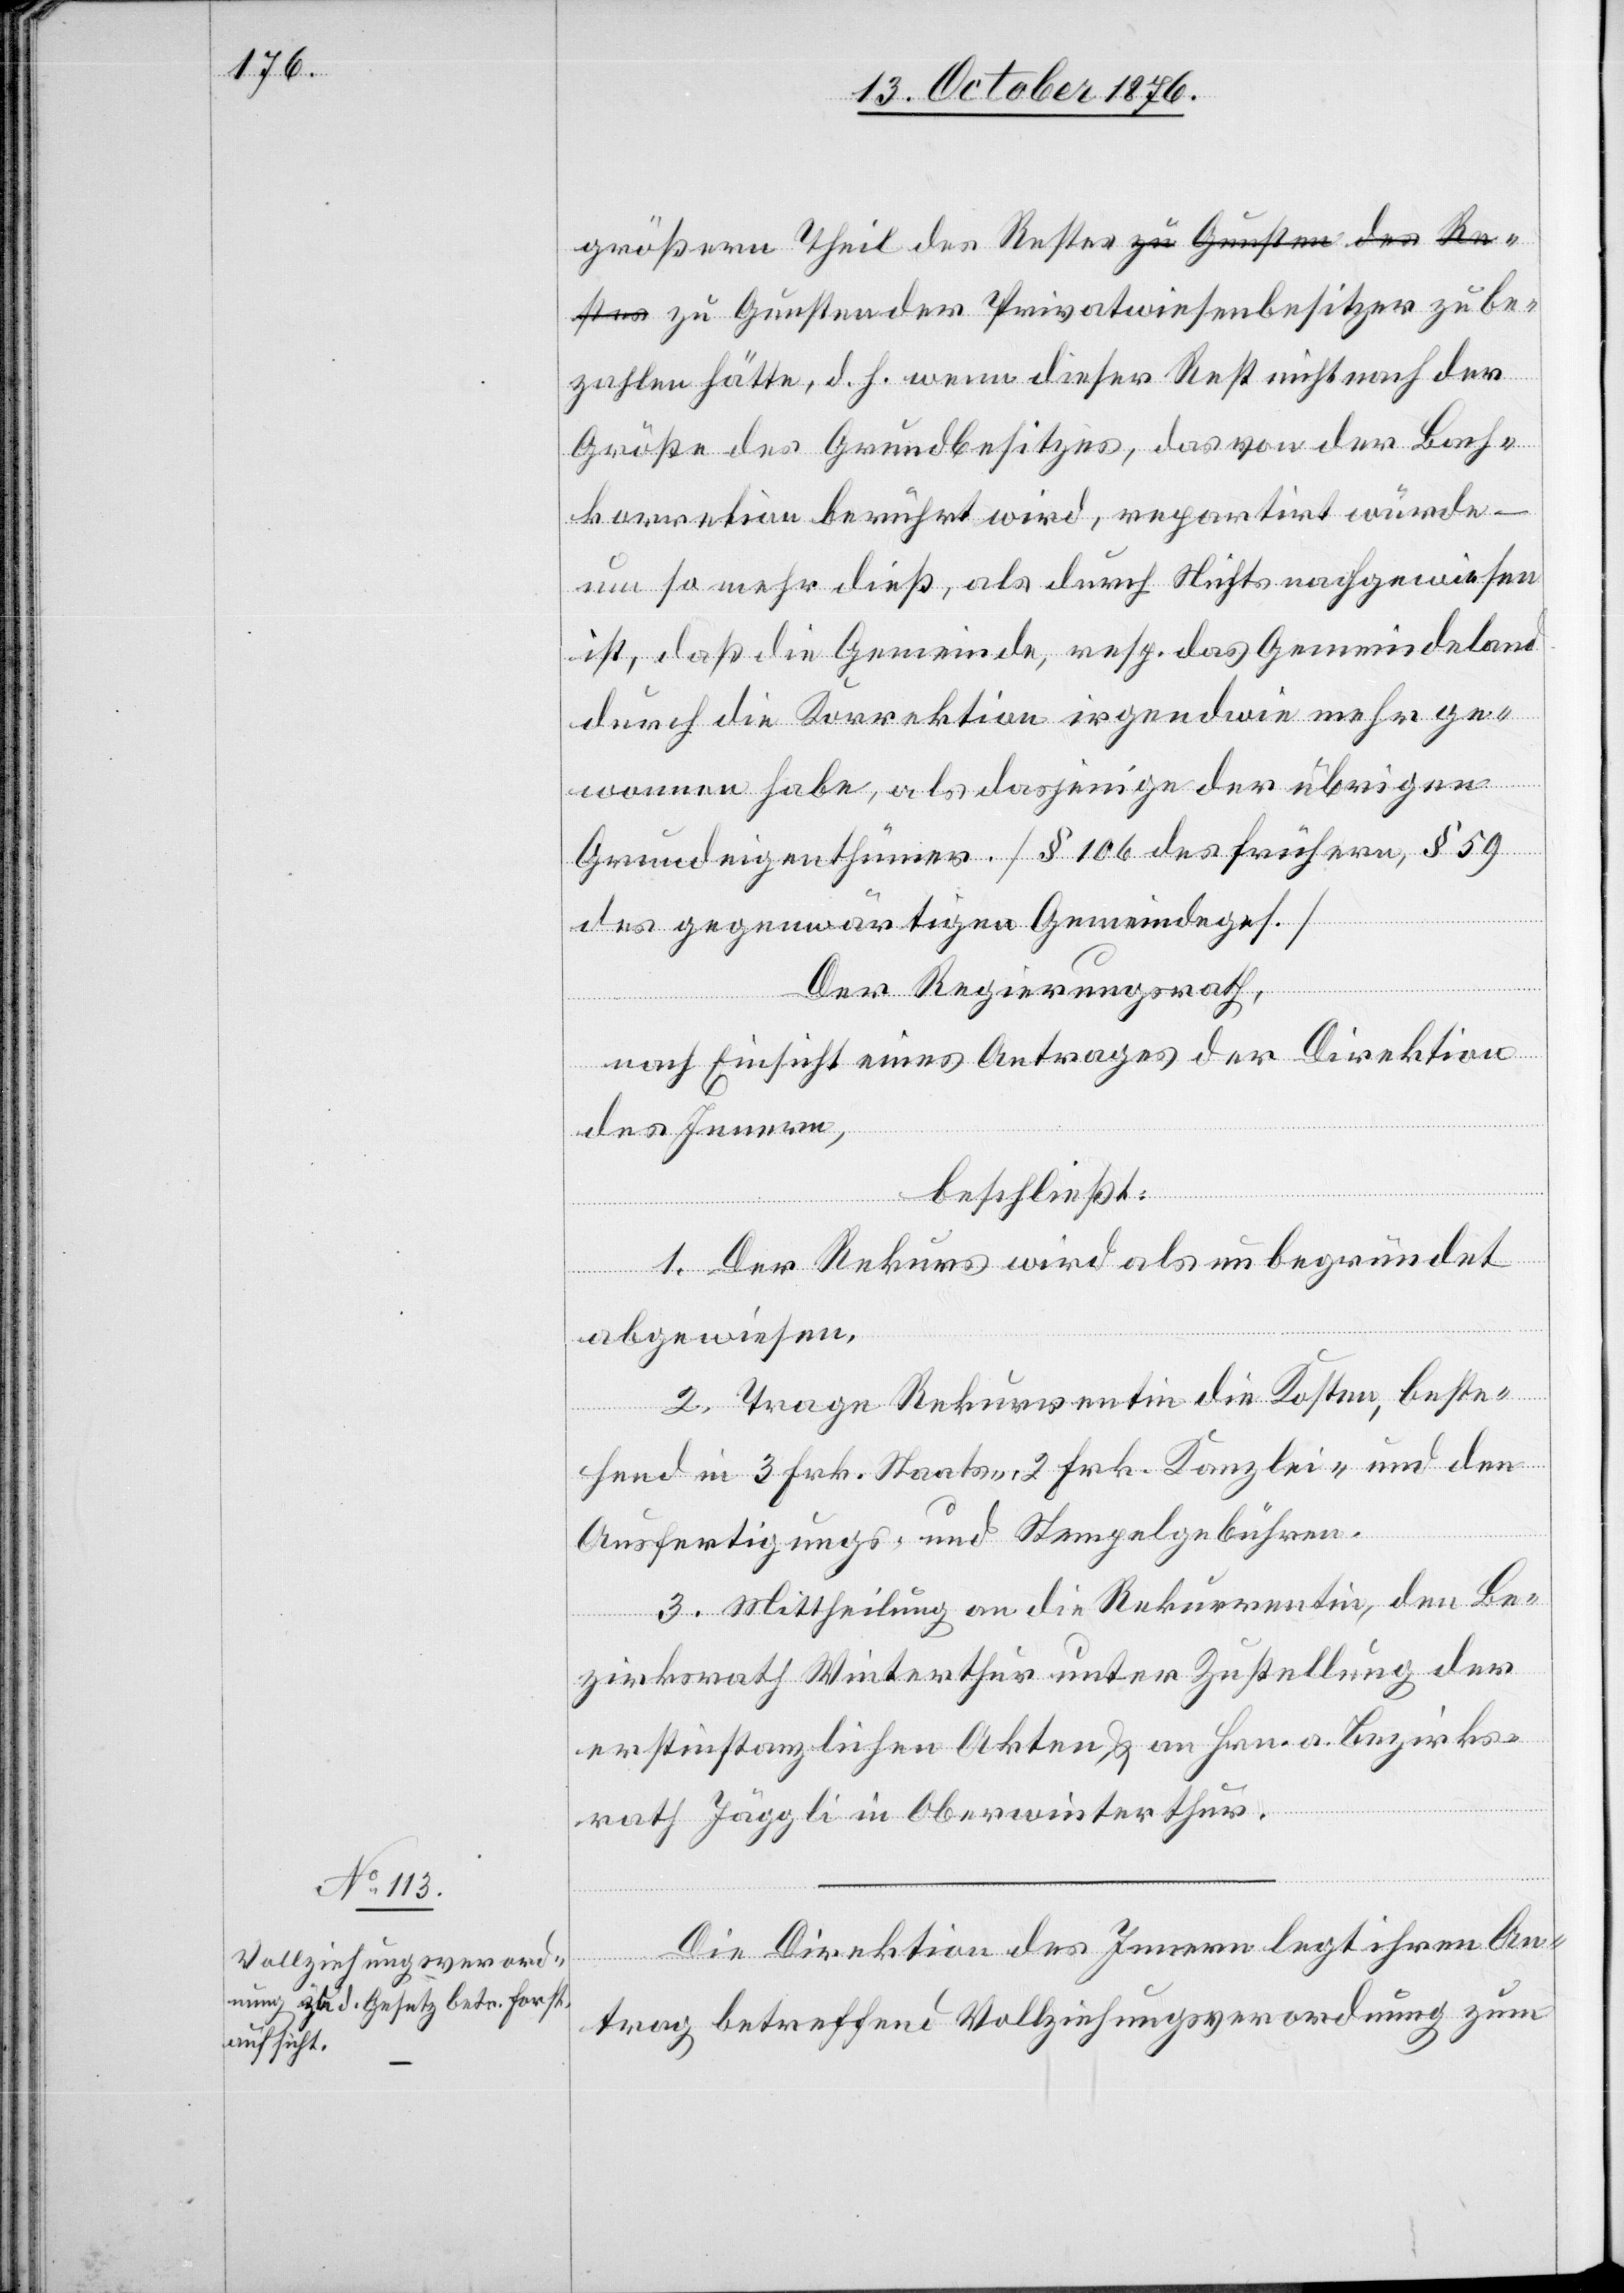
stes zu Gunsten der Privatwiesenbesitzer zu be¬
zahlen hätte, d. h. wenn dieser Rest nicht nach der
Größe des Grundbesitzes, das von der Bach¬
korrektion berührt wird, repartirt würde –
um so mehr dieß, als durch Nichts nachgewiesen
ist, daß die Gemeinde, resp. das Gemeindeland
durch die Korrektion irgendwie mehr ge¬
Re¬
wonnen habe, als dasjenige der übrigen
Grundeigenthümer. [§ 106 des frühern, § 59
des gegenwärtigen Gemeindeges.]
Der Regierungsrath,
nach Einsicht eines Antrages der Direktion
des Innern,
beschließt:
1. Der Rekurs wird als unbegründet
abgewiesen.
2. Trage Rekurrentin die Kosten, beste¬
hend in 3 Frk. Staats-, 2 Frk. Kanzlei- und den
Ausfertigungs- und Stempelgebühren.
3. Mittheilung an die Rekurrentin, den Be¬
zirksrath Winterthur unter Zustellung der
erstinstanzlichen Akten & an Hrn. a. Bezirks¬
rath Jäggli in Oberwinterthur.
Die Direktion des Innern legt ihren An¬
trag betreffend Vollziehungsverordnung zum